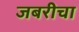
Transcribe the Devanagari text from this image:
जबरीचा